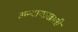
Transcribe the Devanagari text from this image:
अन्यायाखाली